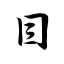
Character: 目